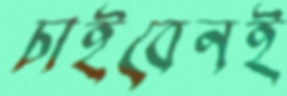
চাইবেনই